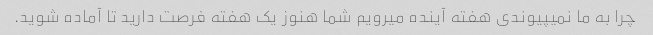
چرا به ما نمیپیوندی هفته آینده میرویم شما هنوز یک هفته فرصت دارید تا آماده شوید.